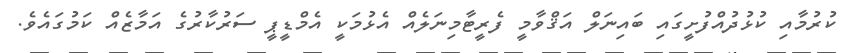
ކުރުމާއި ކުޅުދުއްފުށީގައި ބައިނަލް އަޤްވާމީ ފެރީޓާމިނަލެއް އެޅުމަކީ އެމްޑީޕީ ސަރުކާރުގެ އަމާޒެއް ކަމުގައެވެ.